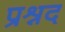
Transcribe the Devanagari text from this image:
प्रश्नद